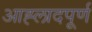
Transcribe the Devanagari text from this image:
आह्लादपूर्ण